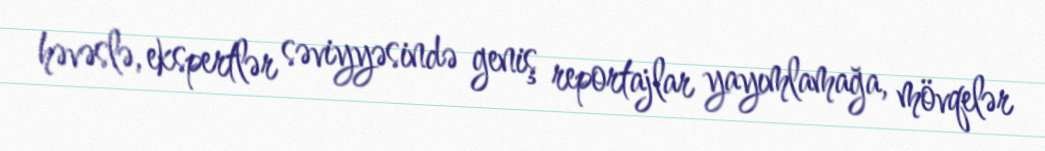
həvəslə, ekspertlər səviyyəsində geniş reportajlar yayımlamağa, mövqelər